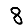
Digit: 8